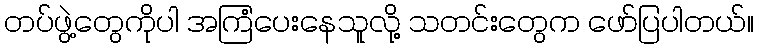
တပ်ဖွဲ့တွေကိုပါ အကြံပေးနေသူလို့ သတင်းတွေက ဖော်ပြပါတယ်။